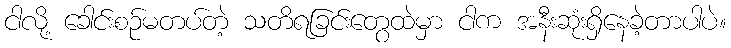
ငါလို့ ခေါင်းစဉ်မတပ်တဲ့ သတိရခြင်းတွေထဲမှာ ငါက အနီးဆုံးရှိနေခဲ့တာပါပဲ။